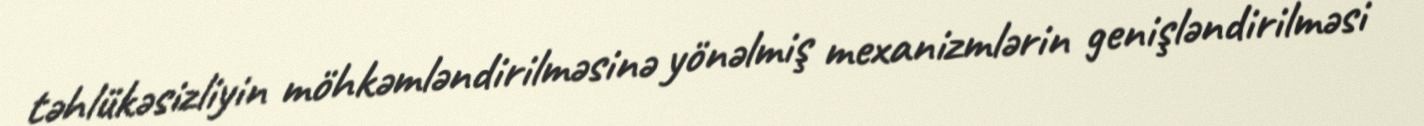
təhlükəsizliyin möhkəmləndirilməsinə yönəlmiş mexanizmlərin genişləndirilməsi